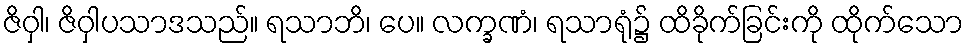
ဇိဝှါ၊ ဇိဝှါပသာဒသည်။ ရသာဘိ၊ ပေ။ လက္ခဏံ၊ ရသာရုံ၌ ထိခိုက်ခြင်းကို ထိုက်သော